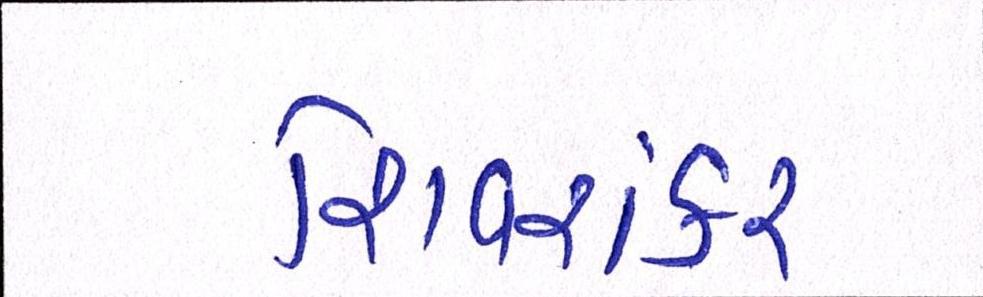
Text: શિવશંકર